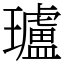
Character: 瓐